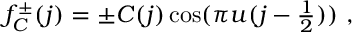
f _ { C } ^ { \pm } ( j ) = \pm C ( j ) \cos ( \pi u ( j - \textstyle \frac { 1 } { 2 } ) ) ~ ,